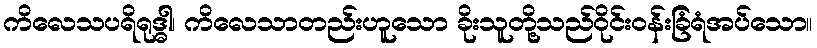
ကိလေသပရိရုဒ္ဓါ၊ ကိလေသာတည်းဟူသော ခိုးသူတို့သည်ဝိုင်းဝန်းခြံရံအပ်သော။